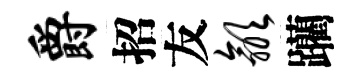
爵招友歙躪